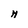
Character: H